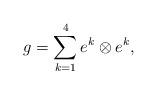
LaTeX: \begin{align*}g=\sum_{k=1}^4 e^k\otimes e^k,\end{align*}